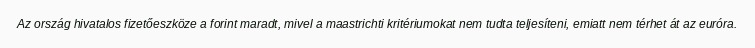
Az ország hivatalos fizetőeszköze a forint maradt, mivel a maastrichti kritériumokat nem tudta teljesíteni, emiatt nem térhet át az euróra.